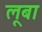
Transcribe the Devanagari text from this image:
लूबा